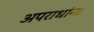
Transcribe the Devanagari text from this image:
अपराधांना